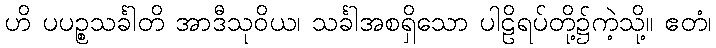
ဟိ ပပဉ္စသင်္ခါတိ အာဒီသုဝိယ၊ သင်္ခါအစရှိသော ပါဠိရပ်တို့၌ကဲ့သို့။ ဧတံ၊